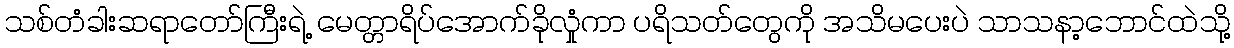
သစ်တံခါးဆရာတော်ကြီးရဲ့ မေတ္တာရိပ်အောက်ခိုလှုံကာ ပရိသတ်တွေကို အသိမပေးပဲ သာသနာ့ဘောင်ထဲသို့